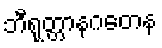
ဘီရုတ္တာနဂတေန